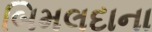
બિમલદાના